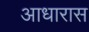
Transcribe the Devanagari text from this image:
आधारास